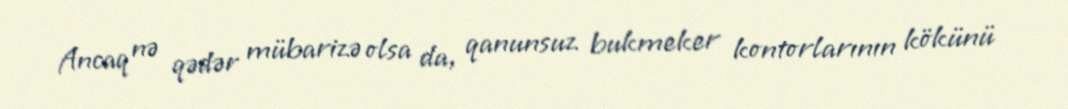
Ancaq nə qədər mübarizə olsa da, qanunsuz bukmeker kontorlarının kökünü